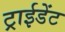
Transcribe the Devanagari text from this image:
ट्राईडेंट